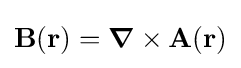
\mathbf {B} (\mathbf {r} )={\boldsymbol {\nabla }}\times \mathbf {A} (\mathbf {r} )